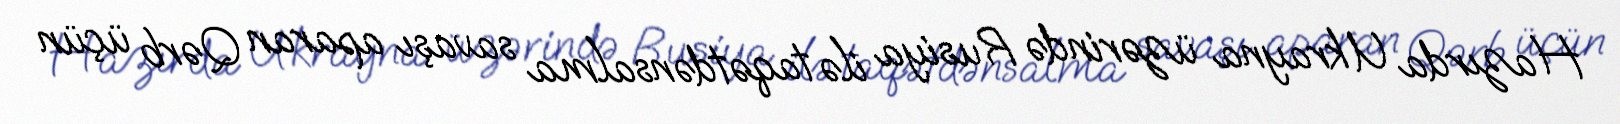
Hazırda Ukrayna üzərində Rusiya ilə taqətdənsalma savaşı aparan Qərb üçün